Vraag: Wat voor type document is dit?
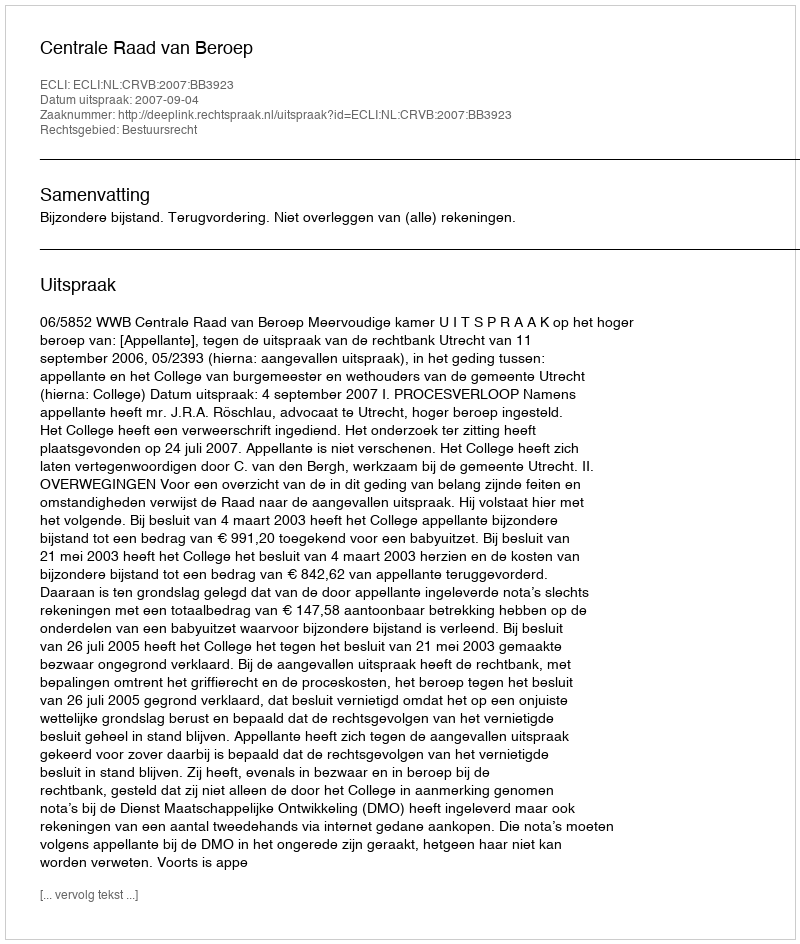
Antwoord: Uitspraak